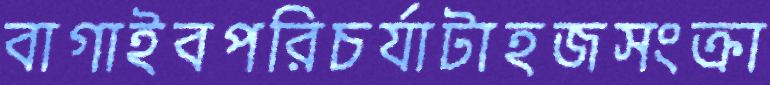
বাগাইবপরিচর্যাটাহজসংক্রা